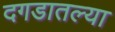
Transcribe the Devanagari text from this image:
दगडातल्या